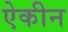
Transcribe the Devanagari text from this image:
ऐकीन